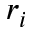
r _ { i }